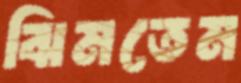
ঝিমতেম